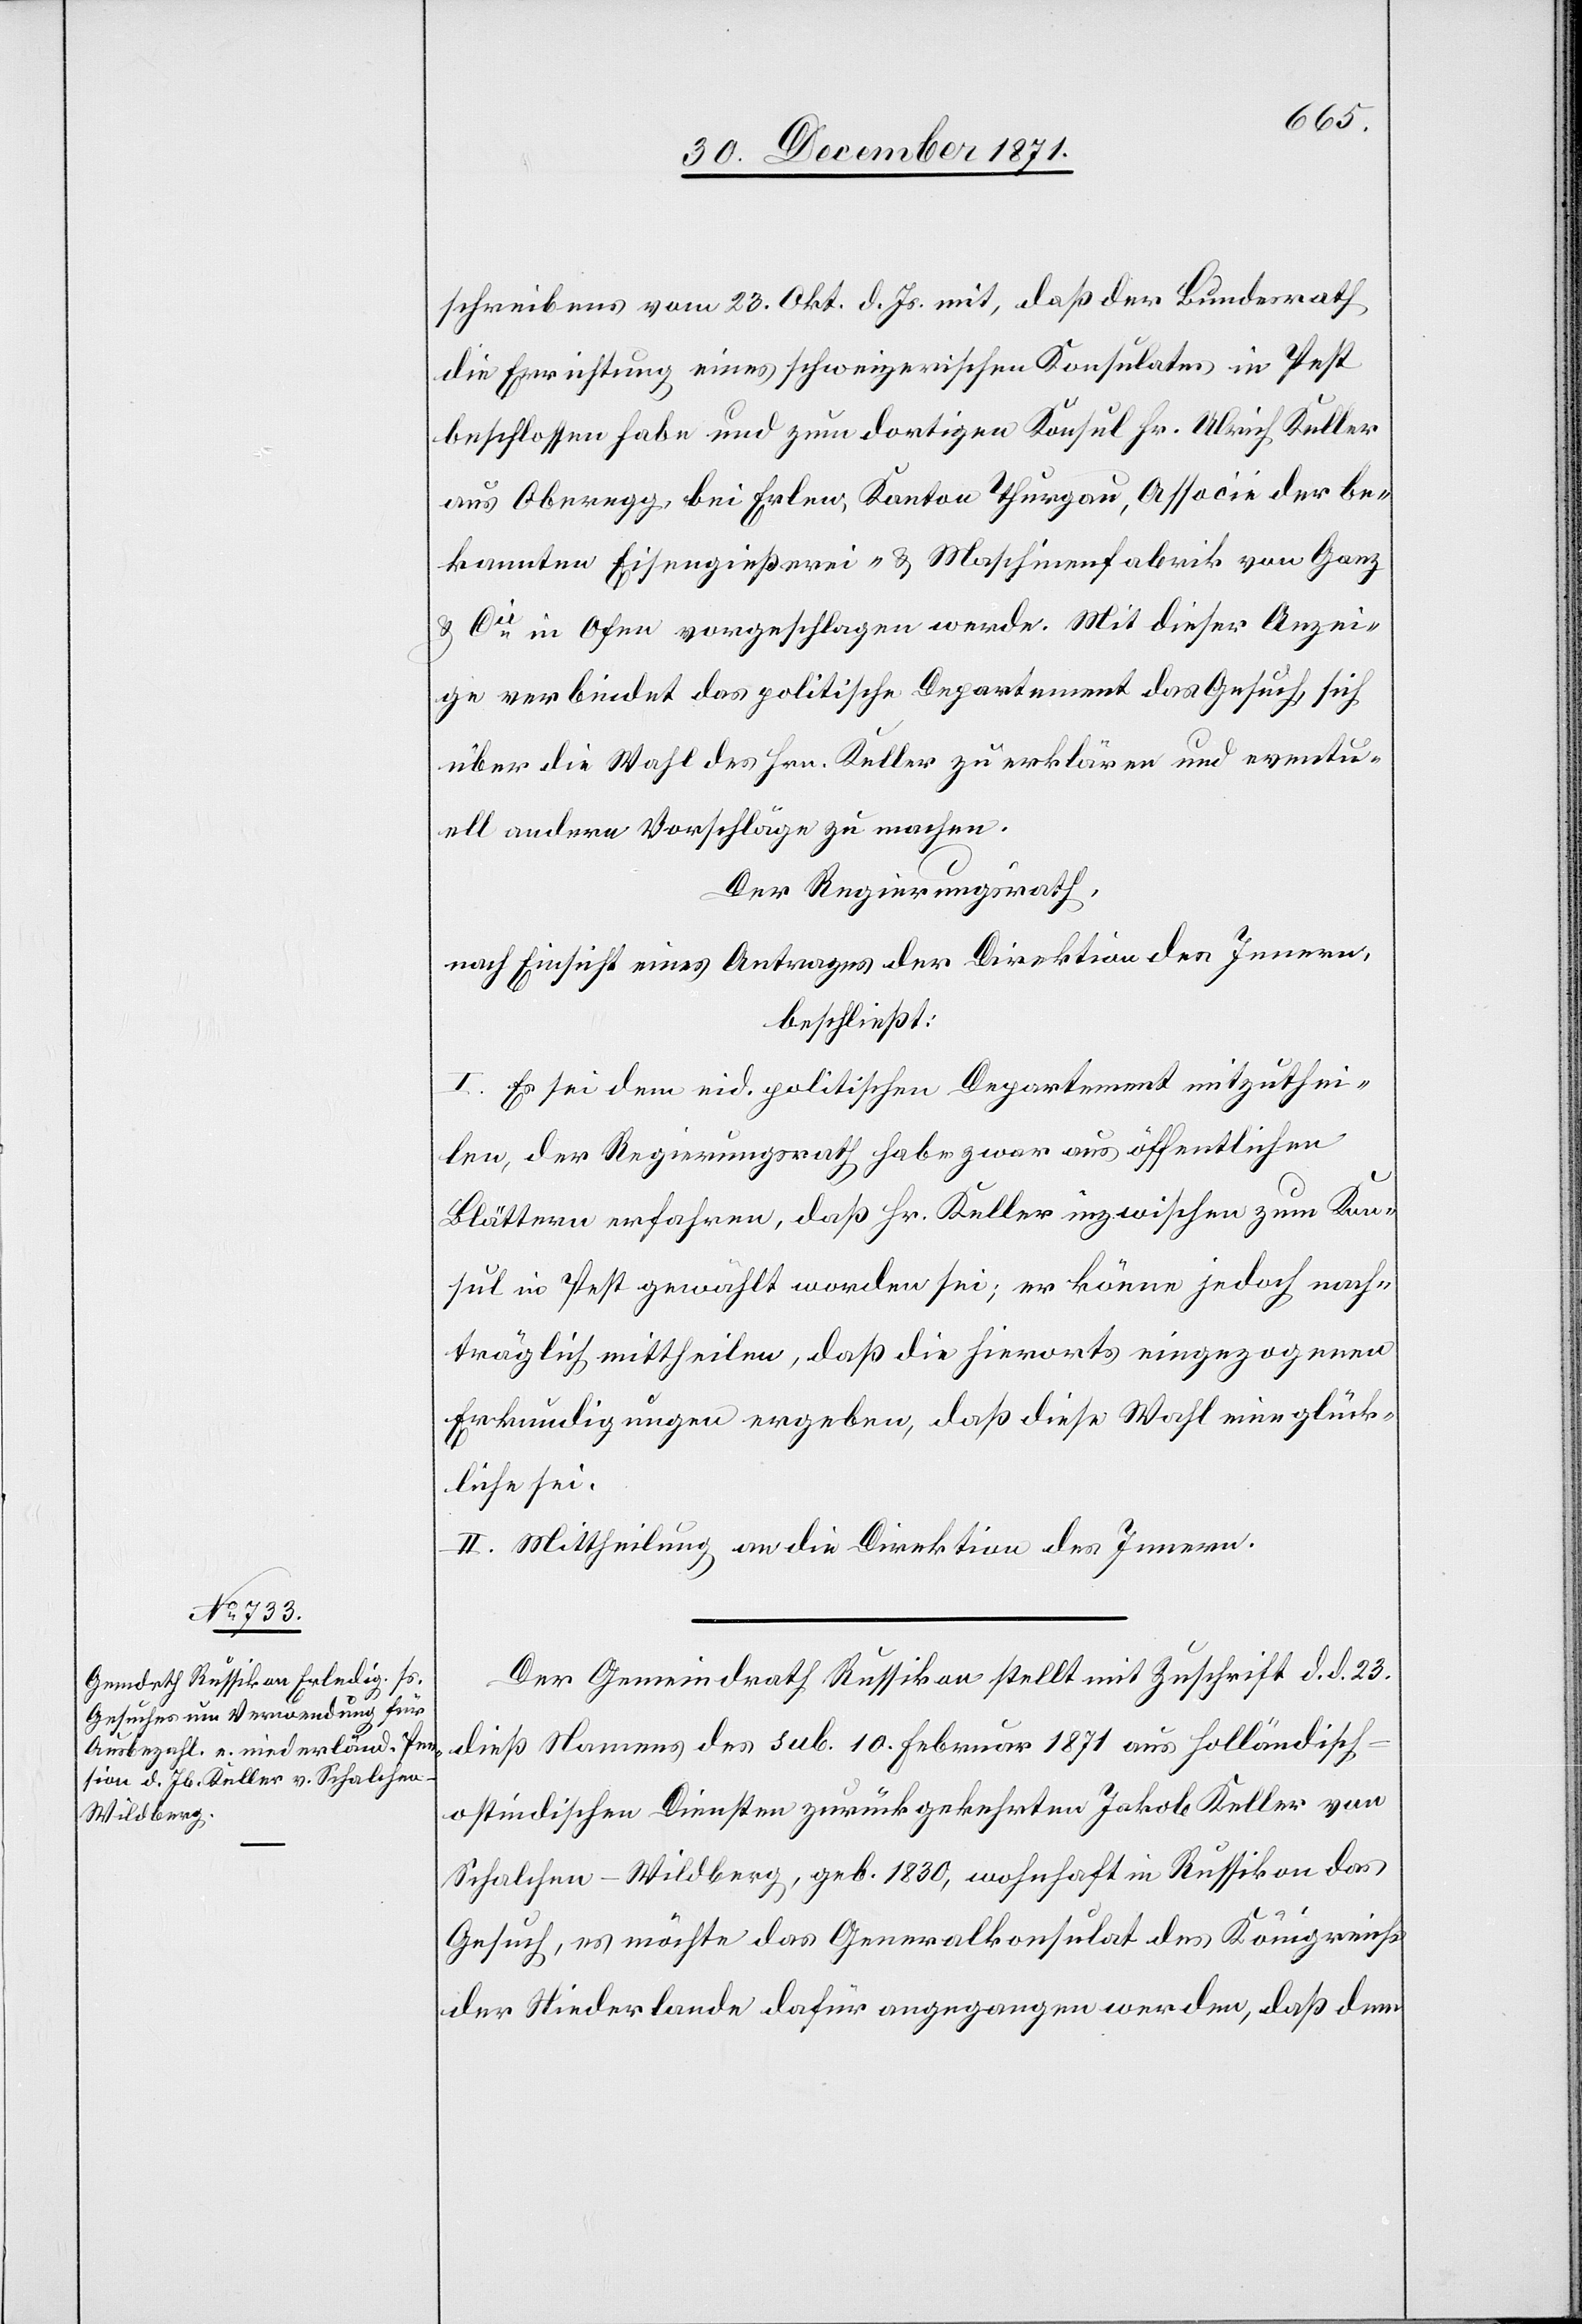
schreibens vom 23. Okt. d. Js. mit, daß der Bundesrath
die Errichtung eines schweizerischen Konsulates in Pest
beschlossen habe und zum dortigen Konsul Hr. Ulrich Keller
aus Oberegg, bei Erlen, Kanton Thurgau, Associé der be¬
kannten Eisengießerei- & Maschinenfabrik von Ganz
& Cie. in Ofen vorgeschlagen werde. Mit dieser Anzei¬
ge verbindet das politische Departement das Gesuch, sich
über die Wahl des Hrn. Keller zu erklären und eventu¬
elle andere Vorschläge zu machen.
Der Regierungsrath,
nach Einsicht eines Antrages der Direktion des Innern,
beschließt:
I. Es sei dem eid. politschen Departement mitzuthei¬
len, der Regierungsrath habe zwar aus öffentlichen
Blättern erfahren, daß Hr. Keller inzwischen zum Kon¬
sul in Pest gewählt worden sei, er könne jedoch nach¬
träglich mittheilen, daß die hierorts eingezogenen
Erkundigungen ergaben, daß diese Wahl eine glück¬
liche sei.
II. Mittheilung an die Direktion des Innern.
Der Gemeindrath Russikon stellt mit Zuschrift d. d. 23.
dieß Namens des sub. 10. Februar 1871 aus holländisch-o¬
stindischen Diensten zurückgekehrten Jakob Keller von
Schalchen - Wildberg, geb. 1830, wohnhaft in Russikon das
Gesuch, es möchte das Generalkonsulat des Königreichs
der Niederlande dafür angegangen werden, daß dem